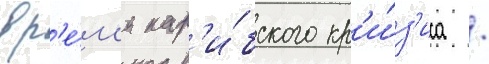
вр'е́м'я кар'и́бского кр'и́з'иса /